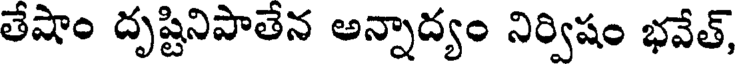
తేషాం దృష్టినిపాతేన అన్నాద్యం నిర్విషం భవేత్,